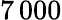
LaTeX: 7\, 000